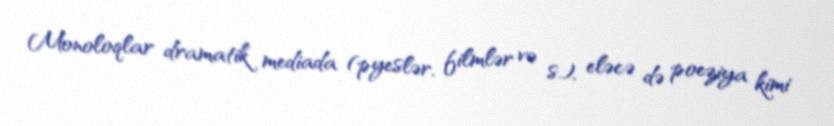
Monoloqlar dramatik mediada (pyeslər, filmlər və s.), eləcə də poeziya kimi